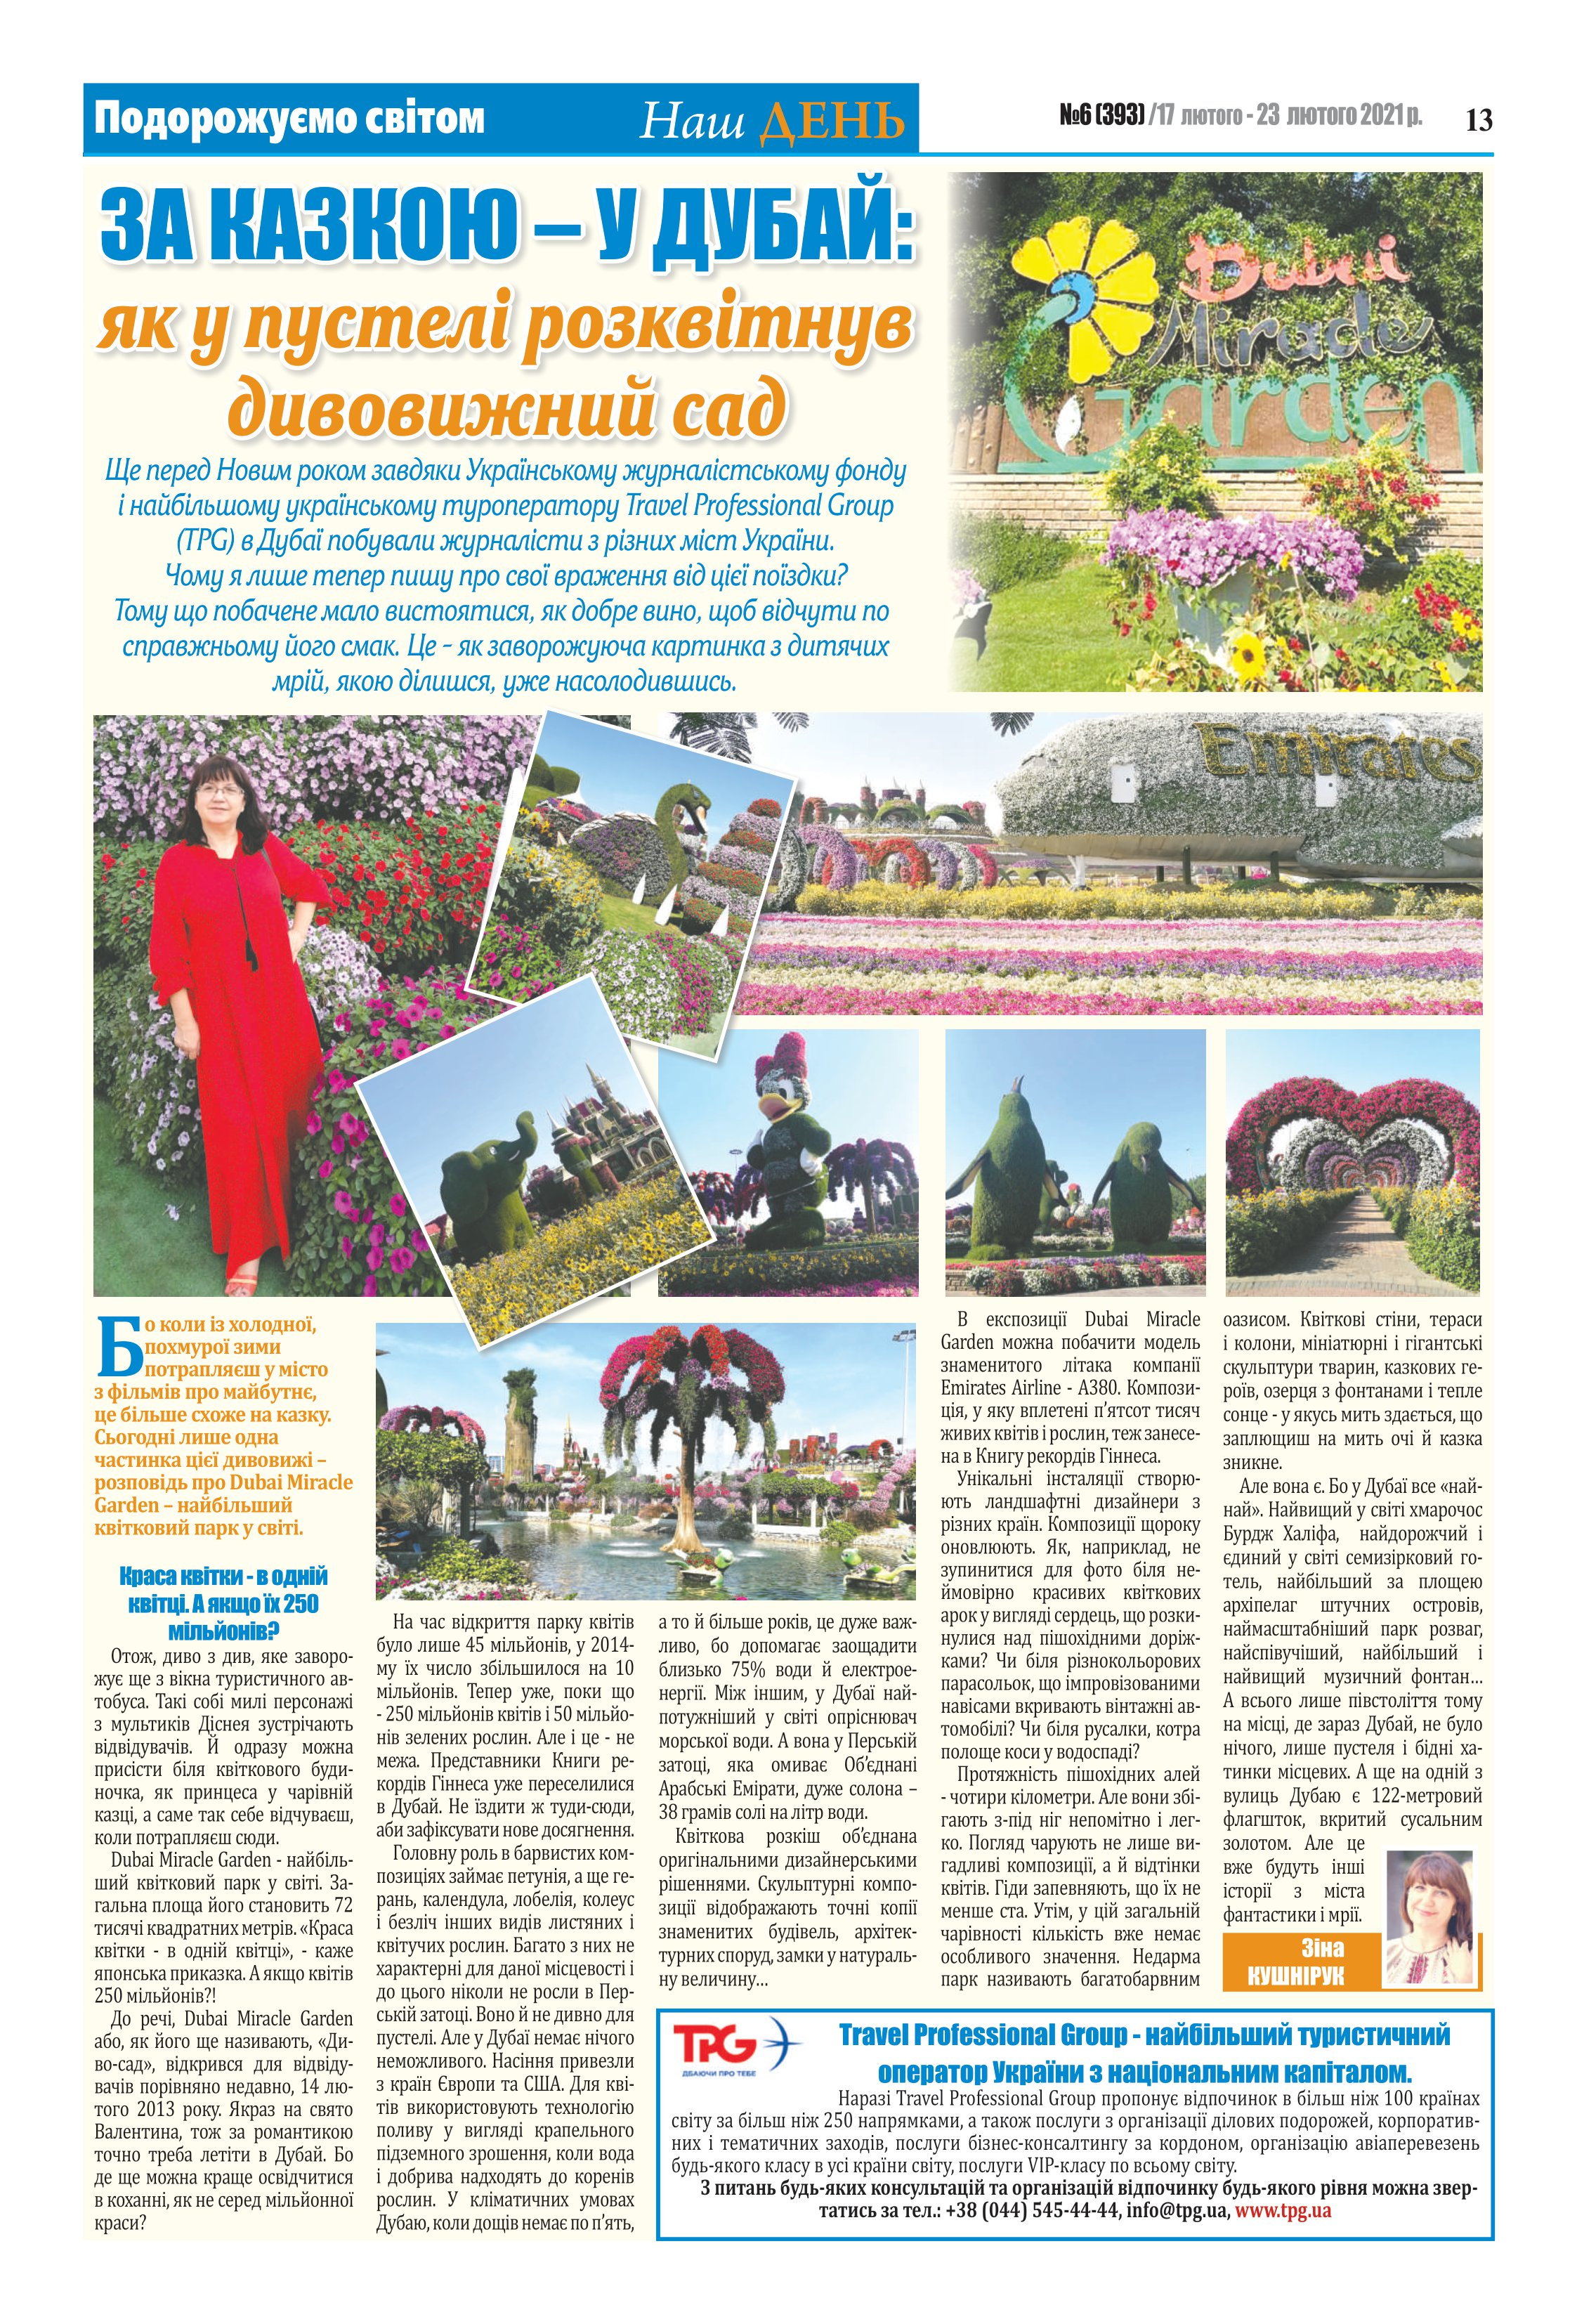
Language: uk